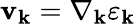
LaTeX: \mathbf{v}_{\mathbf{k}}=\nabla_{\mathbf{k}}\varepsilon_{\mathbf{k}}